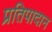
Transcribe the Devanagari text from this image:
प्रतिपादान